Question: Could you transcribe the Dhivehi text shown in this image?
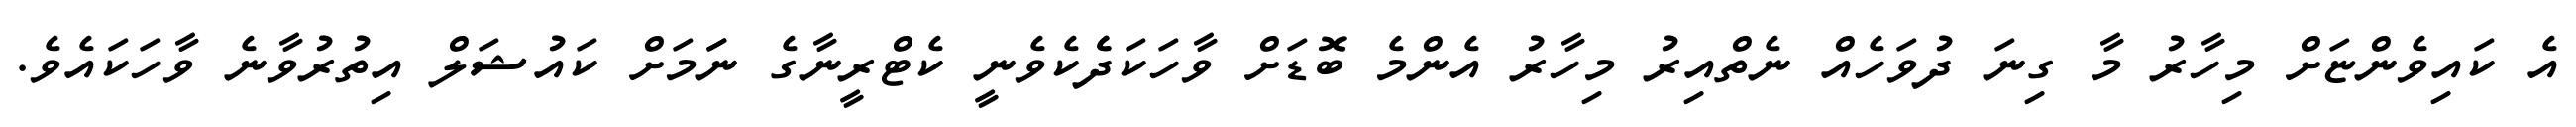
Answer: އެ ކައިވެންޏަށް މިހާރު މާ ގިނަ ދުވަހެއް ނެތްއިރު މިހާރު އެންމެ ބޮޑަށް ވާހަކަދެެކެވެނީ ކެޓްރީނާގެ ނަަމަށް ކައުޝަލް އިތުރުވާނެ ވާހަކައެވެ.